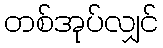
တစ်အုပ်လျှင်